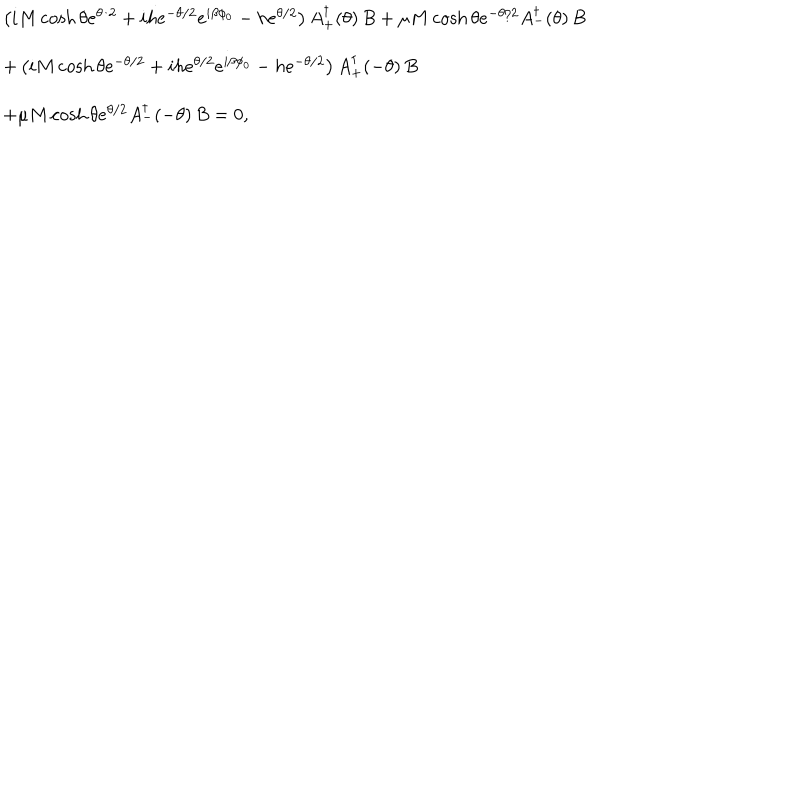
\begin{array} { l l } { { \left( i M \cosh \theta e ^ { \theta / 2 } + i h e ^ { - \theta / 2 } e ^ { i \beta \phi _ { 0 } } - h e ^ { \theta / 2 } \right) A _ { + } ^ { \dagger } ( \theta ) \, B + \mu M \cosh \theta e ^ { - \theta / 2 } A _ { - } ^ { \dagger } ( \theta ) \, B } } \\ { { + \left( i M \cosh \theta e ^ { - \theta / 2 } + i h e ^ { \theta / 2 } e ^ { i \beta \phi _ { 0 } } - h e ^ { - \theta / 2 } \right) A _ { + } ^ { \dagger } ( - \theta ) \, B } } \\ { { + \mu M \cosh \theta e ^ { \theta / 2 } A _ { - } ^ { \dagger } ( - \theta ) \, B = 0 , } } \\ \end{array}